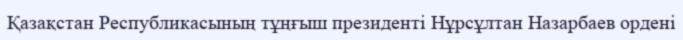
Қазақстан Республикасының тұңғыш президенті Нұрсұлтан Назарбаев ордені